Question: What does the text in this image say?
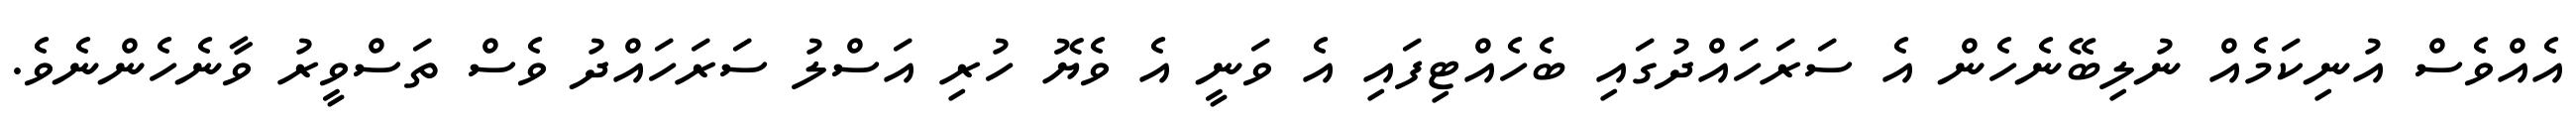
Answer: އެއްވެސް އުނިކަމެއް ނުލިބޭނެހެން އެ ސަރަހައްދުގައި ބެހެއްޓިފައި އެ ވަނީ އެ ވެޔޮ ހުރި އަސްލު ސަރަހައްދު ވެސް ތަސްވީރު ވާނެހެންނެވެ.